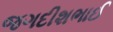
જગદીશભાઈ